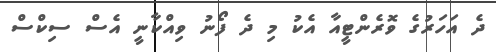
ދެ އަހަރުގެ ވޮރެންޓީއާ އެކު މި ދެ ފޯނު ވިއްކާނީ އެސް ސިކްސް